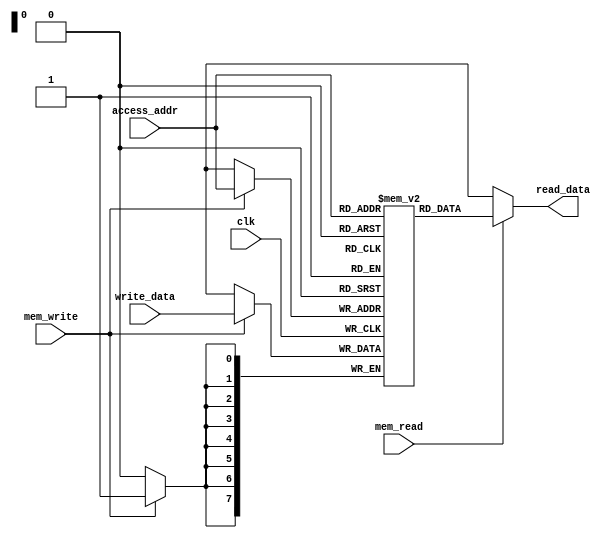
module Instruction_Memory  
(
     input  clk, mem_read, mem_write,
     input[7:0]  access_addr, write_data,  
     output [7:0] read_data  
);  
     integer i; 
     reg [7:0] ram [255:0]; 
     initial begin  
          for(i=0;i<256;i=i+1)  
               ram[i] <= 8'dx;  
     end  
     always @(posedge clk) begin  
          if (mem_write) 
          begin 
               ram[access_addr] <= write_data;
          end
     end  
     assign read_data = (mem_read==1'b1) ? ram[access_addr]: 8'dx;   
endmodule 

module Data_Memory  
(
     input  clk, mem_read, mem_write, mem_write_tb,mem_read_tb,
     input[3:0]  access_addr, 
     input[7:0]  write_data,  
     output [7:0] read_data  
);  
     integer i; 
     reg [7:0] ram [255:0]; 
     initial begin  
          for(i=0;i<256;i=i+1)  
               ram[i] <= 8'd0;  
     end  
     always @(negedge clk) begin  
          if (mem_write || mem_write_tb)
               ram[access_addr] <= write_data;  
               // $monitor("%b", access_addr);
     end  
     assign read_data = (mem_read==1'b1 || mem_read_tb==1'b1) ? ram[access_addr]: 8'd0;   
endmodule